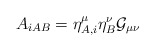
\begin{align*}A_{iAB}=\eta^{\mu}_{A,i}\eta^{\nu}_{B} {\cal G}_{\mu\nu} \end{align*}